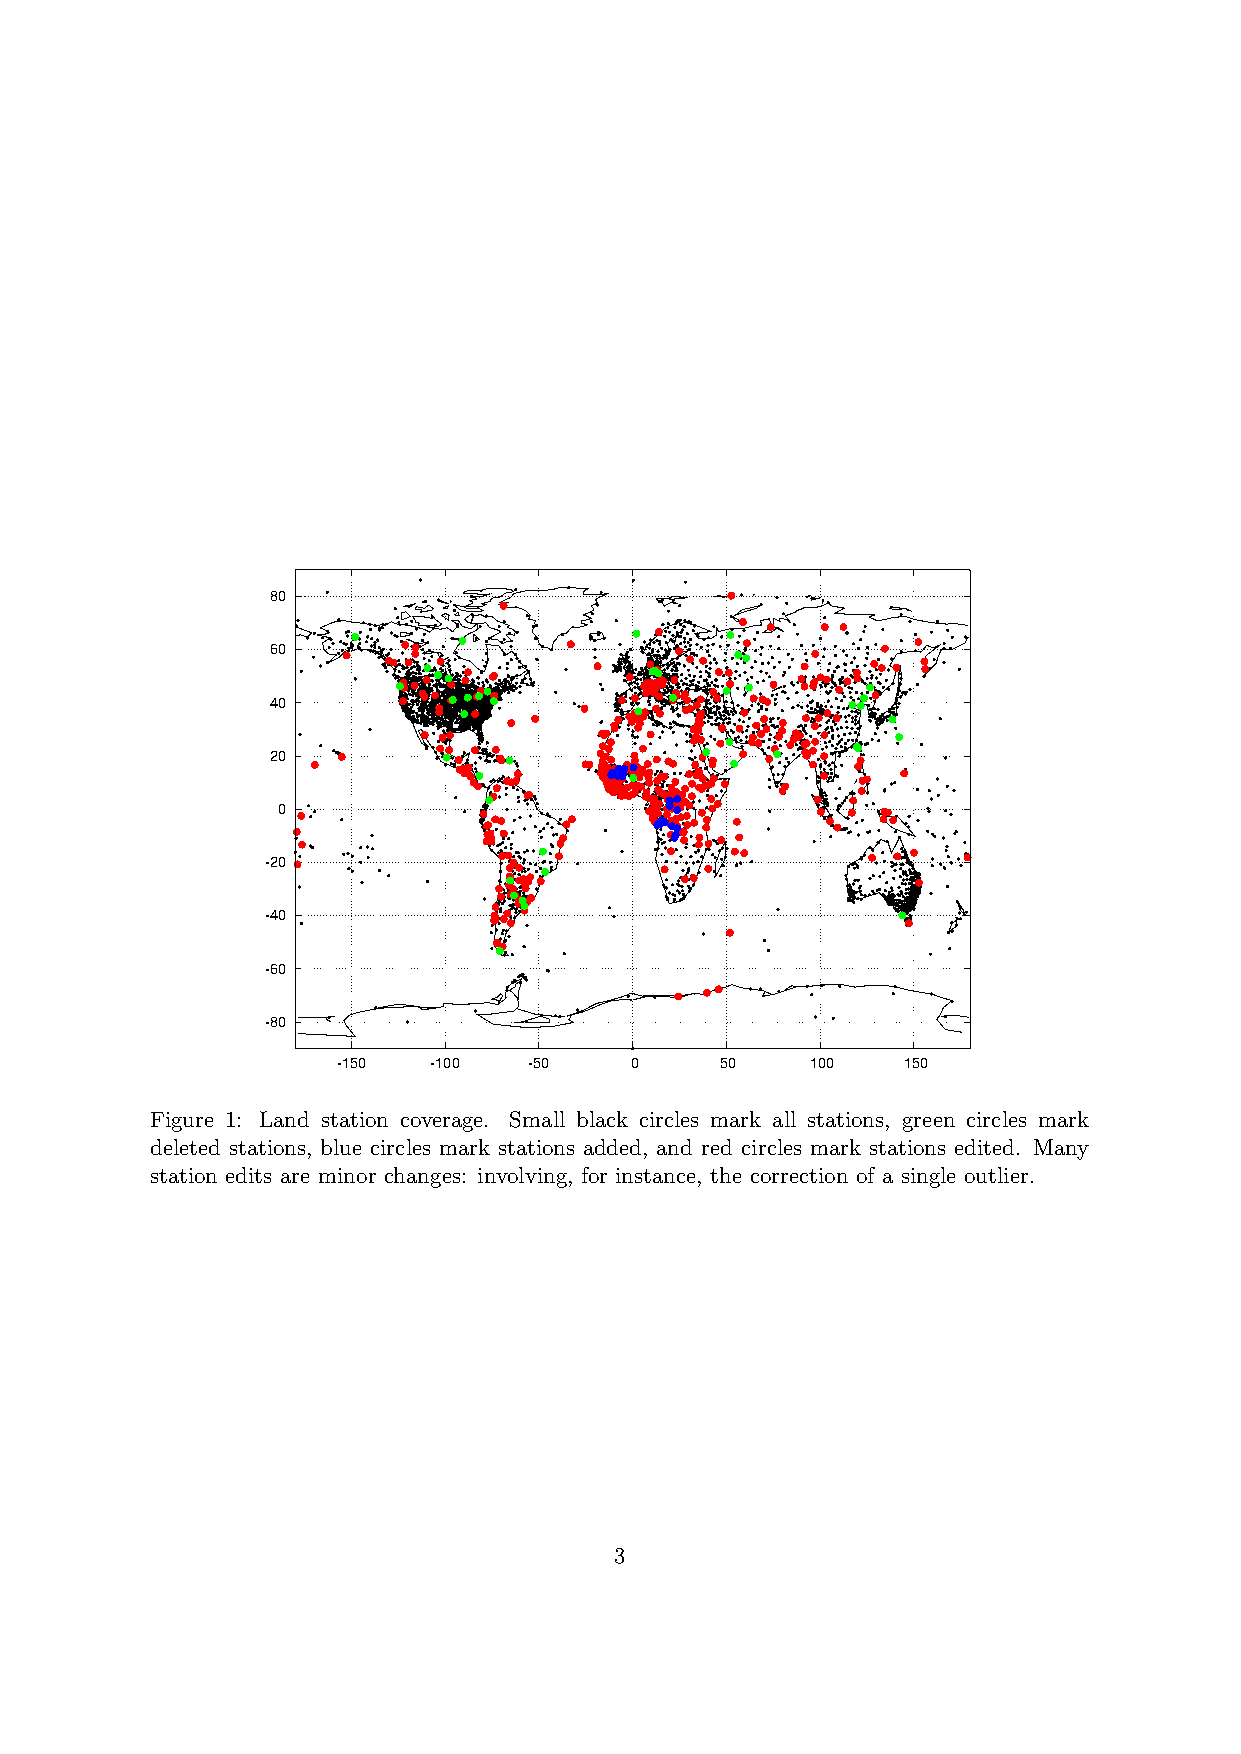
80
 60
 40
 20
 0
 -20
 -40
 -60
 -80
 -150  -100   -50    0     50    100   150
 Figure 1: Land station coverage. Small black circles mark all stations, green circles mark
 deleted stations, blue circles mark stations added, and red circles mark stations edited. Many
 station edits are minor changes: involving, for instance, the correction of a single outlier.
 3